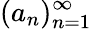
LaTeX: (a_{n})_{n=1}^{\infty}